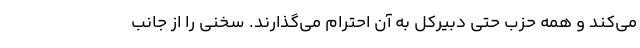
می‌کند و همه حزب حتی دبیرکل به آن احترام می‌گذارند. سخنی را از جانب